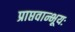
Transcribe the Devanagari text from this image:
प्राप्तवान्भूयः